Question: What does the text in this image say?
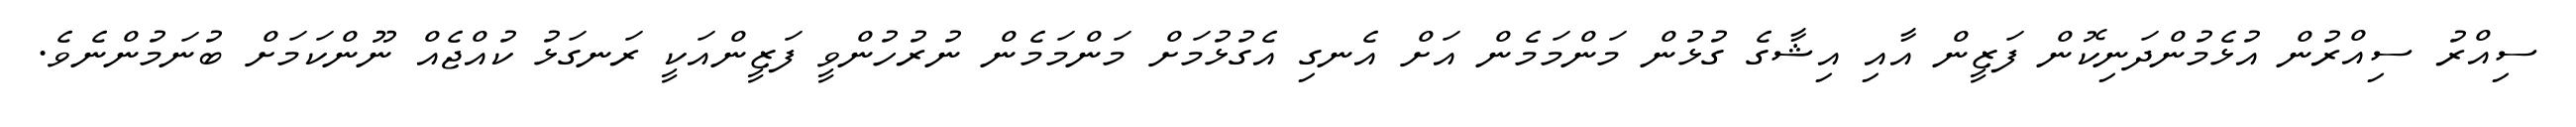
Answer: ސިއްރު ސިއްރުން އުޅެމުންދަނިކޮން ފަޒީން އާއި އިޝާގެ ގުޅުން މަންމަމެން އަށް އެނގި އެގުޅުމަށް މަންމަމެން ނުރުހުންވީ ފަޒީންއަކީ ރަނގަޅު ކުއްޖެއް ނޫންކަމަށް ބުނަމުންނެވެ.